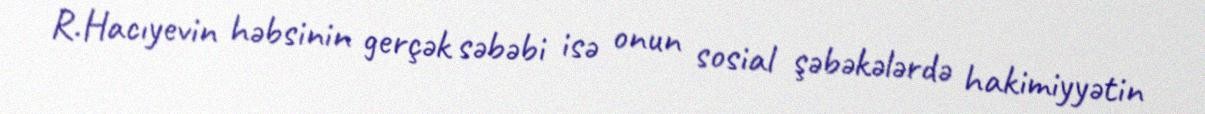
R.Hacıyevin həbsinin gerçək səbəbi isə onun sosial şəbəkələrdə hakimiyyətin